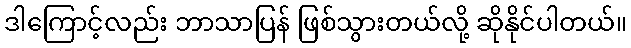
ဒါကြောင့်လည်း ဘာသာပြန် ဖြစ်သွားတယ်လို့ ဆိုနိုင်ပါတယ်။